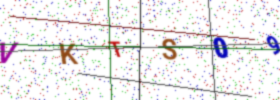
Text: VKTS09